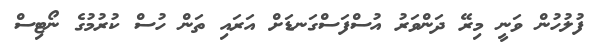
ފުލުހުން ވަނީ މިރޭ ދަންވަރު އުސްފަސްގަނޑަށް އަރައި ތަން ހުސް ކުރުމުގެ ނޯޓިސް